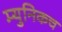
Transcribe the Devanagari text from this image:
म्युनिकच